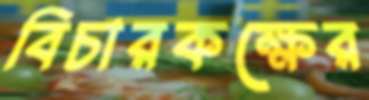
বিচারকক্ষের